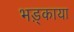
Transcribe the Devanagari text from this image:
भड़्काया